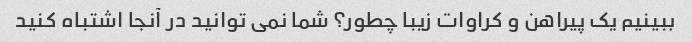
ببینیم یک پیراهن و کراوات زیبا چطور؟ شما نمی توانید در آنجا اشتباه کنید